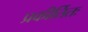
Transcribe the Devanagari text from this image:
प्रकीर्तितः